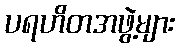
ပရဟိတအဖွဲ့များ